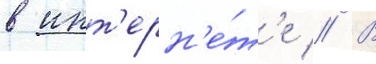
в инт'ерн'е́т'е // В